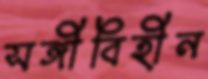
সঙ্গীবিহীন